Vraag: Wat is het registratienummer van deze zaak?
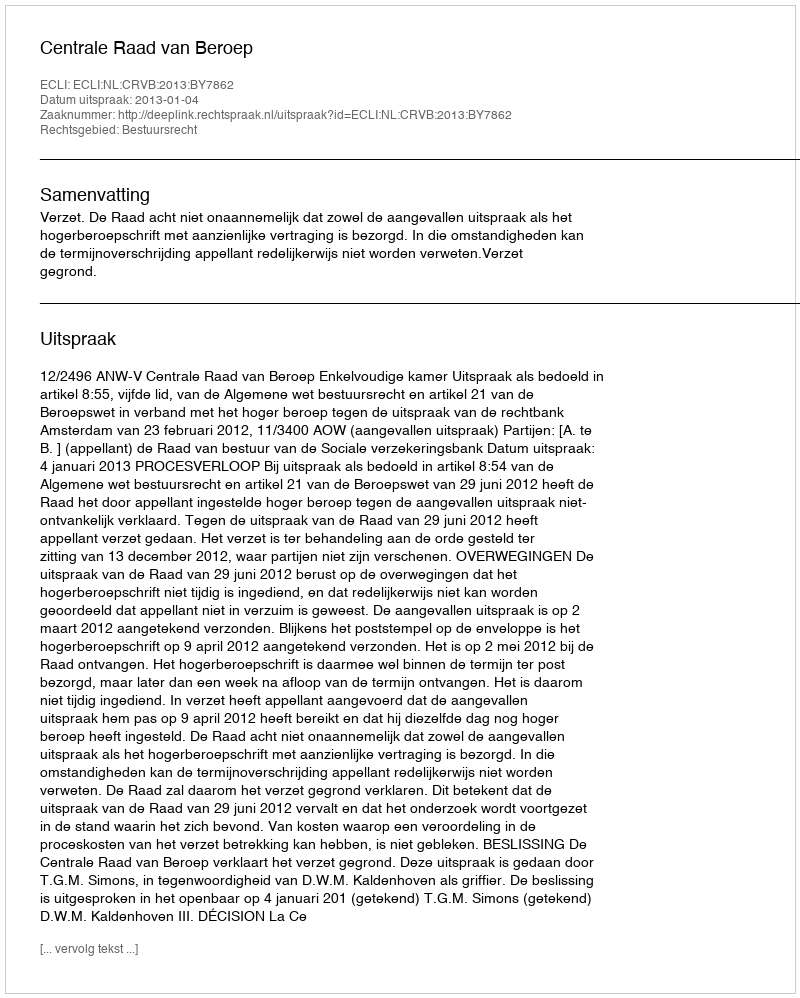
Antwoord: http://deeplink.rechtspraak.nl/uitspraak?id=ECLI:NL:CRVB:2013:BY7862